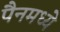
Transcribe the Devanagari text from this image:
पैनमध्ये